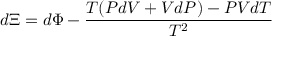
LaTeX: d \Xi = d \Phi - { \frac { T ( P d V + V d P ) - P V d T } { T ^ { 2 } } }